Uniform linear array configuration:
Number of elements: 24
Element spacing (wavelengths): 0.5
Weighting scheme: uniform
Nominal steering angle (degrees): -60
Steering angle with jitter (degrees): -61.633
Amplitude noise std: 0.05
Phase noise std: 0.05

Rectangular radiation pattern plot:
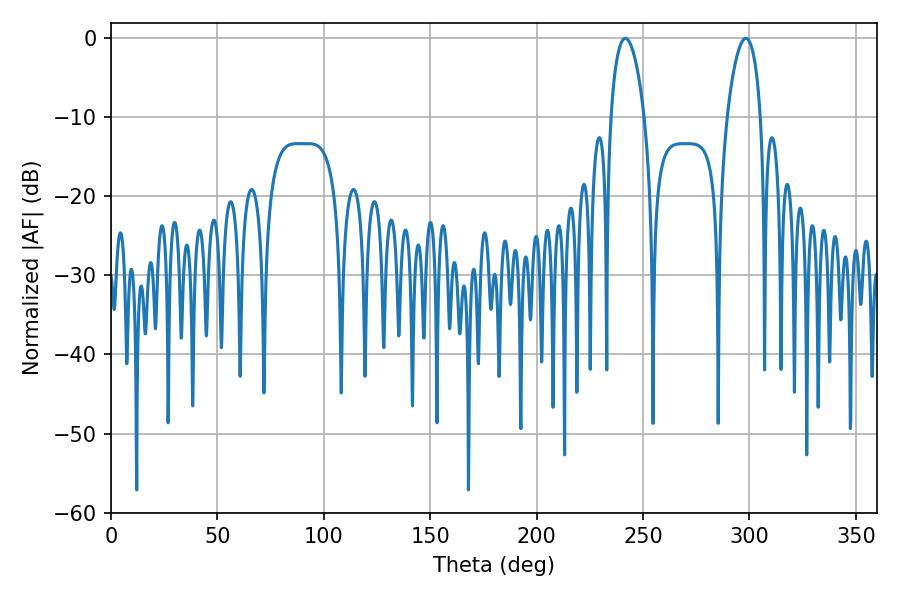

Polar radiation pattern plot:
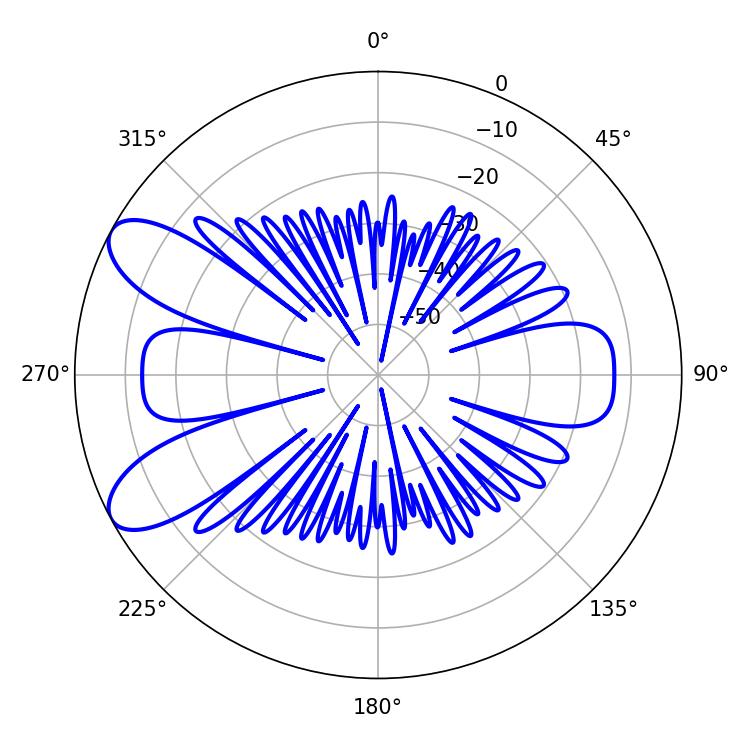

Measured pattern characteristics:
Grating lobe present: FALSE
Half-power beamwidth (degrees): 8.82
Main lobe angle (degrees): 241.74